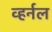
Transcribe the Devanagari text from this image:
व्हर्नल